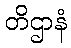
တိဌာနံ